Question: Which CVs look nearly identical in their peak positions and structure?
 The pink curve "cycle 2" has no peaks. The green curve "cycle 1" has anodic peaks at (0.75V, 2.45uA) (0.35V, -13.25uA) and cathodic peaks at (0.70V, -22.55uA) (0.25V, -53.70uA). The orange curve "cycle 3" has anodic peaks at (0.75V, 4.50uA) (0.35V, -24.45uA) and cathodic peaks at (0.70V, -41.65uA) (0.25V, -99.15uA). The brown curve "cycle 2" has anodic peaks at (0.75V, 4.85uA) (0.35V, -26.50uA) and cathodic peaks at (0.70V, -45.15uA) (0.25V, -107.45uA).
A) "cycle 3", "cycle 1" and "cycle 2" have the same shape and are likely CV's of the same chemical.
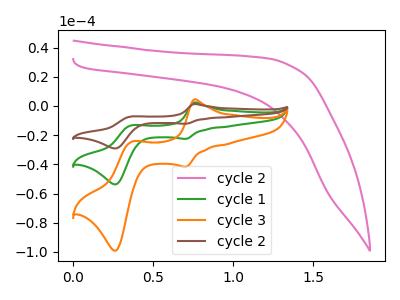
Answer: <think>"cycle 2" and "cycle 1" have a different number of peaks. "cycle 2" and "cycle 3" have a different number of peaks. "cycle 2" and "cycle 2" have a different number of peaks. All the peaks in "cycle 1" have a peak in "cycle 3" at the same potential. All the peaks in "cycle 1" have a peak in "cycle 2" at the same potential. All the peaks in "cycle 3" have a peak in "cycle 2" at the same potential.
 </think>
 <answer>A) "cycle 3", "cycle 1" and "cycle 2" have the same shape and are likely CV's of the same chemical.</answer>
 <eval>A</eval>